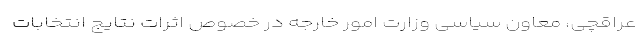
عراقچی، معاون سیاسی وزارت امور خارجه در خصوص اثرات نتایج انتخابات